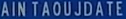
AINTAOUJDATE